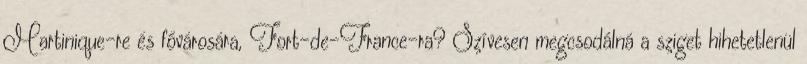
Martinique-re és fővárosára, Fort-de-France-ra? Szívesen megcsodálná a sziget hihetetlenül